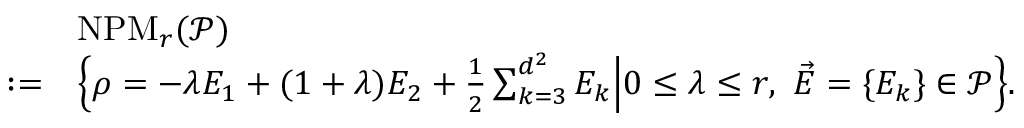
\begin{array} { r } { \begin{array} { r l } & { \mathrm { N P M } _ { r } ( \mathcal { P } ) } \\ { : = } & { \Bigl \{ \rho = - \lambda E _ { 1 } + ( 1 + \lambda ) E _ { 2 } + \frac { 1 } { 2 } \sum _ { k = 3 } ^ { d ^ { 2 } } E _ { k } \Big | 0 \le \lambda \le r , \ \vec { E } = \{ E _ { k } \} \in \mathcal { P } \Bigr \} . } \end{array} } \end{array}